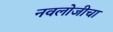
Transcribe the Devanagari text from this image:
नवलोजीचा